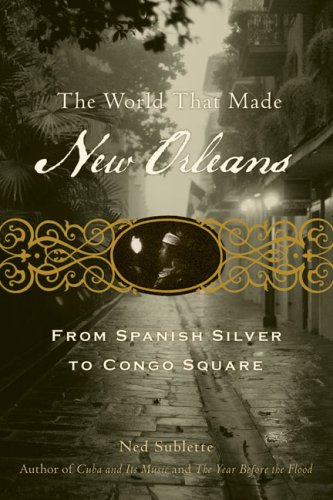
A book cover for The World That Made New Orleans: From Spanish Silver to Congo Square; Ned Sublette; History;